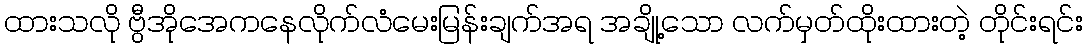
ထားသလို ဗွီအိုအေကနေလိုက်လံမေးမြန်းချက်အရ အချို့သော လက်မှတ်ထိုးထားတဲ့ တိုင်းရင်း